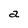
Character: a